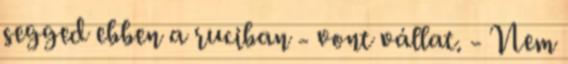
segged ebben a ruciban - vont vállat. - Nem